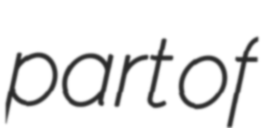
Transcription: part of